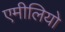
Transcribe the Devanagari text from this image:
एमीलियो